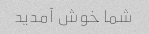
شما خوش آمدید